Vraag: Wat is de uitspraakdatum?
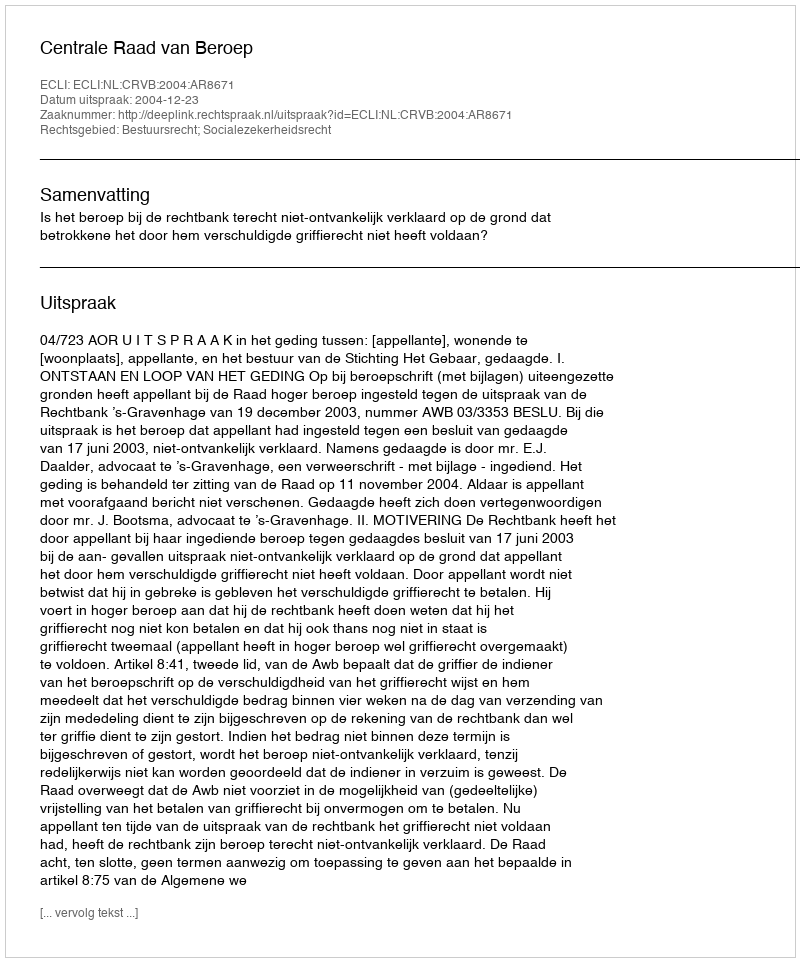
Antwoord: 2004-12-23